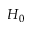
H _ { 0 }